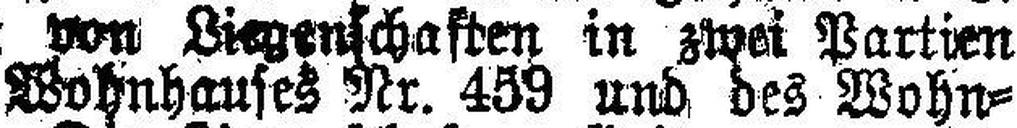
bis Versteigerungen von Liegenschaften in zwei Partien